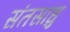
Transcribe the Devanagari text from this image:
संतसाधु